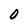
Character: O